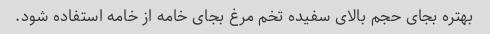
بهتره بجای حجم بالای سفیده تخم مرغ بجای خامه از خامه استفاده شود.